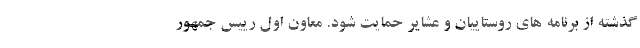
گذشته از برنامه های روستاییان و عشایر حمایت شود. معاون اول رییس جمهور